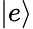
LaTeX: \left|e\right\rangle